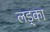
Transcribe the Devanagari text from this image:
लड्का